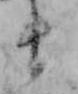
ま